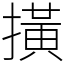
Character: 撗